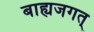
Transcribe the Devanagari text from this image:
बाह्यजगत्‌